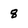
Character: 8